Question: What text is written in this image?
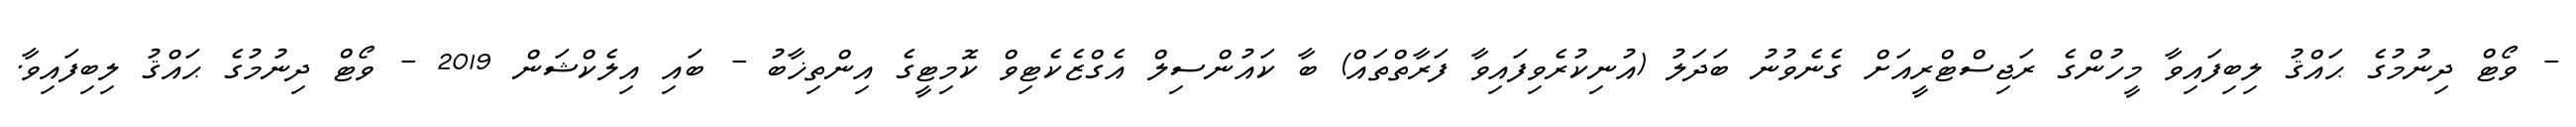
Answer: - ވޯޓް ދިނުމުގެ ޙައްޤު ލިބިފައިވާ މީހުންގެ ރަޖިސްޓްރީއަށް ގެނެވުނު ބަދަލު (އުނިކުރެވިފައިވާ ފަރާތްތައް) ބާ ކައުންސިލް އެގްޒެކެޓިވް ކޮމިޓީގެ އިންތިޚާބު - ބައި އިލެކްޝަން 2019 - ވޯޓް ދިނުމުގެ ޙައްޤު ލިބިފައިވާ.